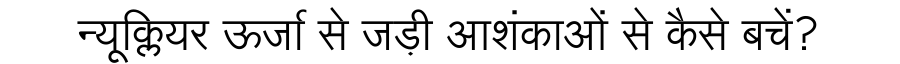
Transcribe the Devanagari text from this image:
न्यूक्लियर ऊर्जा से जड़ी आशंकाओं से कैसे बचें?